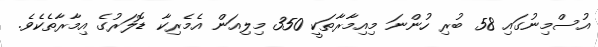
އުސްމިނުގައި 58 ބުރި ހުންނަ މިއިމާރާތަކީ 350 މިލިއަން އެމެރިކާ ޑޮލަރުގެ އިމާރާތެކެވެ.